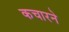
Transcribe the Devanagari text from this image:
कचारने